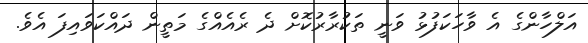
އަލްހާންގެ އެ ވާހަކަފުޅު ވަނީ ތަކުރާރުކޮށް ދެ ރެއެއްގެ މަތީން ދައްކަވައިފަ އެވެ.